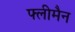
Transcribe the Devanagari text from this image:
फ्लीमैन